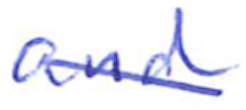
Text: and
Cross-out: diagonal
Writing tool: ballpoint